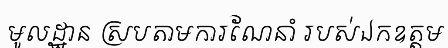
មូលដ្ឋាន ស្របតាមការណែនាំ របស់ឯកឧត្តម